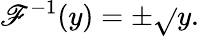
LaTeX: \mathscr{F}^{-1}(y)=\pm{\sqrt{}{{y}}}.